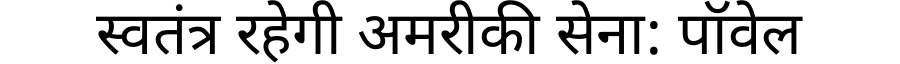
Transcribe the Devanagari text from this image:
स्वतंत्र रहेगी अमरीकी सेना: पॉवेल